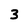
Character: 3